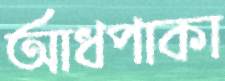
আধপাকা